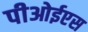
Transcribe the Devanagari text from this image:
पीओईएस